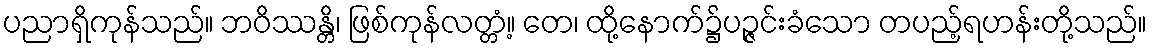
ပညာရှိကုန်သည်။ ဘဝိဿန္တိ၊ ဖြစ်ကုန်လတ္တံ့။ တေ၊ ထို့နောက်၌ပဉ္ဇင်းခံသော တပည့်ရဟန်းတို့သည်။